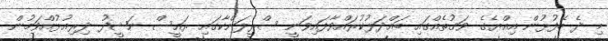
މި ދެ ބޭފުޅުން އިއްޔެގެ ވަގުތެއްގައި ބައްދަލުކުރައްވާފައިވަނީ ސްރީލަންކާގައި ރައީސް ނަޝީދު ދިރިއުޅުއްވަމުން